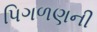
પિગળણની